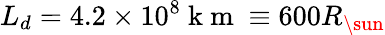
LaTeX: L_{d}=4.2\times 10^{8}\mathrm{~k~m~}\equiv 600R_{\sun}